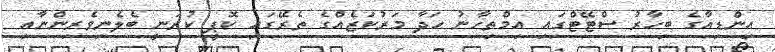
އިންޑިއާާގެ ބިހާރު ސްޓޭޓްގައި އިމްތިހާނު ހަދާ މަރުކަޒެއްގެ ތެރޭގައި ކޮޕީ ކުރަނީ ބެލެނިވެރިންނާއި